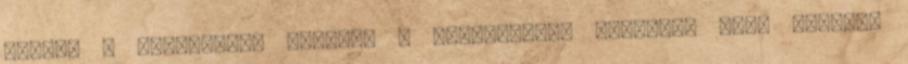
lennék a nyertesei. Egyedül a lakosságnak kellene, hogy nyertes